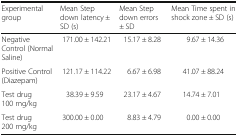
<table><thead><tr><td><b>Experimental group</b></td><td><b>Mean Step down latency ± SD (s)</b></td><td><b>Mean Step down errors ± SD</b></td><td><b>Mean Time spent in shock zone ± SD (s)</b></td></tr></thead><tbody><tr><td>Negative Control (Normal Saline)</td><td>171.00 ± 142.21</td><td>15.17 ± 8.28</td><td>9.67 ± 14.36</td></tr><tr><td>Positive Control (Diazepam)</td><td>121.17 ± 114.22</td><td>6.67 ± 6.98</td><td>41.07 ± 88.24</td></tr><tr><td>Test drug 100 mg/kg</td><td>38.39 ± 9.59</td><td>23.17 ± 4.67</td><td>14.74 ± 7.01</td></tr><tr><td>Test drug 200 mg/kg</td><td>300.00 ± 0.00</td><td>8.83 ± 4.79</td><td>0.00 ± 0.00</td></tr></tbody></table>